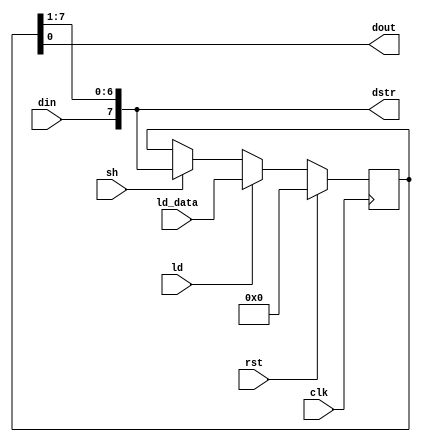
`timescale 1ns / 1ps

module shr(
   input        clk,
   input        rst,
   
   input        din,     // Data in
   input        sh,      // Shift signal
   input        ld,      // Load signal
   input  [7:0] ld_data, // Data to load
   
   output       dout,    // Data out
   output [7:0] dstr     // Data to store
);

reg [7:0] shr;

always @ (posedge clk)
begin
   if(rst)
      shr <= 8'b0;
   else if(ld)
      shr <= ld_data;
   else if(sh)
      shr <= {din, shr[7:1]};
end

assign dstr = {din, shr[7:1]};
assign dout = shr[0];

endmodule